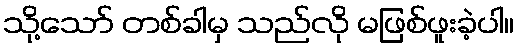
သို့သော် တစ်ခါမှ သည်လို မဖြစ်ဖူးခဲ့ပါ။